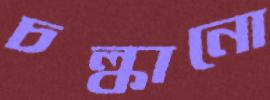
চল্‌কানো